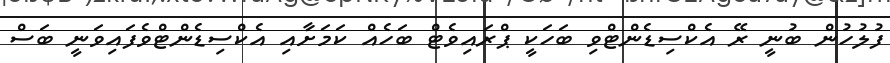
ފުލުހުން ބުނީ ރޭ އެކްސިޑެންޓްވި ބަހަކީ ޕްރައިވެޓް ބަހެއް ކަމަށާއި އެކްސިޑެންޓްވެފައިވަނީ ބަސް